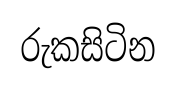
රුකසිටින